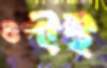
গুপীই